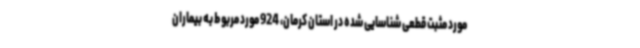
مورد مثبت قطعی شناسایی شده در استان کرمان، 924 مورد مربوط به بیماران